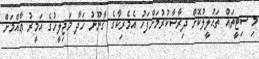
މި ސިޓީތައް ތަޙުލީލުކޮށް ދިރާސާކުރުމަށްފަހު އެމެރިކާގެ ޤާނޫނު ހަދާ މަޖިލީހުގެ އަމީރު ޢާއްމަށް